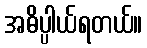
အဓိပ္ပါယ်ရတယ်။